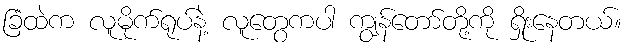
ခြံထဲက လူမိုက်ရုပ်နဲ့ လူတွေကပါ ကျွန်တော်တို့ကို ရှိုးနေတယ်။